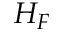
H _ { F }